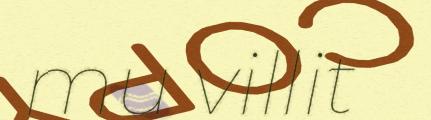
mu villit